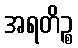
အရတိဉ္စ